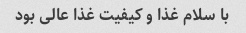
با سلام غذا و کیفیت غذا عالی بود